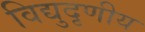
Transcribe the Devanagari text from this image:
विद्युदृणीय